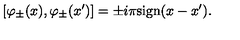
[ \varphi _ { \pm } ( x ) , \varphi _ { \pm } ( x ^ { \prime } ) ] = \pm i \pi \mathrm { s i g n } ( x - x ^ { \prime } ) .